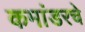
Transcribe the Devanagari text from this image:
कमांडरचे